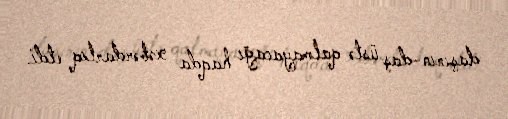
daşının-daş üstə qalmayacağı haqda xəbərdarlıq etdi.